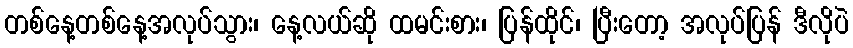
တစ်နေ့တစ်နေ့အလုပ်သွား၊ နေ့လယ်ဆို ထမင်းစား၊ ပြန်ထိုင်၊ ပြီးတော့ အလုပ်ပြန် ဒီလိုပဲ